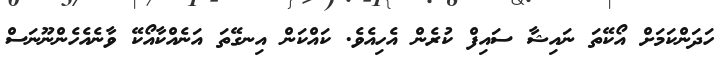
ހަދަންކަމަށް އޯކޭތަ ނައިޝާ ސައިފް ކުރެން އެހިއެވެ. ކައްކަން އިނގޭތަ އަނެއްކާއޯކޭ ވާނެއެހެންނޫނަސް